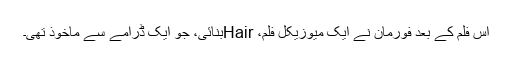
اس فلم کے بعد فورمان نے ایک میوزیکل فلم، Hairبنائی، جو ایک ڈرامے سے ماخوذ تھی۔